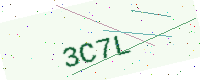
Text: 3C7L